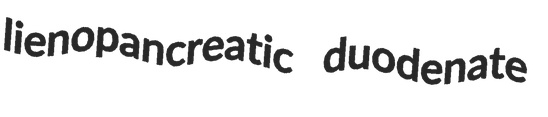
lienopancreatic duodenate